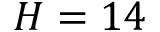
H = 1 4